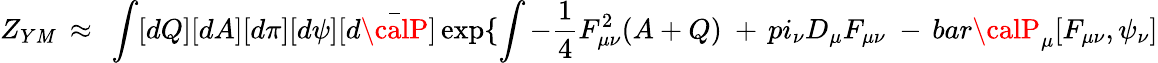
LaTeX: Z_{Y\mathit{M}}~\approx~\int[dQ][dA][d\pi][d\psi][d\bar{{\calP}}]\exp\{ \int-\frac{{1}}{{4}}F_{\mu\nu}^{2}(A+Q)\ +\, pi_{\nu}D_{\mu}F_{\mu\nu}\ -\, bar{\calP}_{\mu}[F_{\mu\nu},\psi_{\nu}]